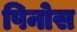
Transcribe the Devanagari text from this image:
पिनोस